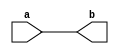
`timescale 1ns / 1ps
//////////////////////////////////////////////////////////////////////////////////
// Company: 
// Engineer: 
// 
// Design Name: 
// Module Name: mov_verification
// Project Name: 
// Target Devices: 
// Tool Versions: 
// Description: 
// 
// Dependencies: 
// 
// Revision:
// Revision 0.01 - File Created
// Additional Comments:
// 
//////////////////////////////////////////////////////////////////////////////////

module MOV_verification (b, a);

parameter N = 32;

input [N-1:0] a;
output [N-1:0] b;

assign b = a;

endmodule